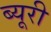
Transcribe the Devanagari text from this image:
ब्यूरी